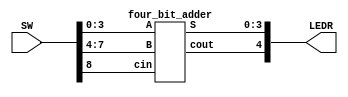
module part_2(SW, LEDR);
	input [9:0] SW;
	output [9:0] LEDR;
	
	four_bit_adder u0(
			.cin(SW[8]),
			.A(SW[3:0]),
			.B(SW[7:4]),
			.S(LEDR[3:0]),
			.cout(LEDR[4])
			);
endmodule

module four_bit_adder(cin, A, B, S, cout);
	input cin;
	input [3:0]A;
	input [3:0]B;
	output [3:0]S;
	output cout;
	
	wire Carry_wire0, Carry_wire1, Carry_wire2;
	
	four_bit_adder_piece f0(
			.a(A[0]),
			.b(B[0]),
			.cin(cin),
			.cout(Carry_wire0),
			.s(S[0])
			);
	
	four_bit_adder_piece f1(
			.a(A[1]),
			.b(B[1]),
			.cin(Carry_wire0),
			.cout(Carry_wire1),
			.s(S[1])
			);
	
	four_bit_adder_piece f2(
			.a(A[2]),
			.b(B[2]),
			.cin(Carry_wire1),
			.cout(Carry_wire2),
			.s(S[2])
			);
			
	four_bit_adder_piece f3(
			.a(A[3]),
			.b(B[3]),
			.cin(Carry_wire2),
			.cout(cout),
			.s(S[3])
			);
			
endmodule

module four_bit_adder_piece(a, b, cin, cout, s);
	input a;
	input b;
	input cin;
	output cout;
	output s;
	
	mux2to1 m0(
			.x(b),
			.y(cin),
			.sel(a^b),
			.m(cout)
			);
	
	assign s = (a^b)^cin;
	
endmodule

module mux2to1(x, y, sel, m);
	input x;
	input y;
	input sel;
	output m;
	
	assign m = (x&~sel) | (y&sel);
	
endmodule